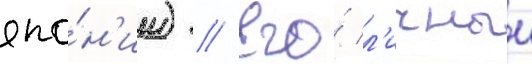
япо́н'ии) // Его́ л'ичныи